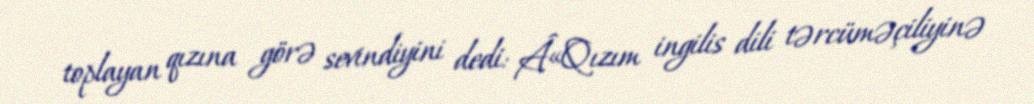
toplayan qızına görə sevindiyini dedi: Â«Qızım ingilis dili tərcüməçiliyinə